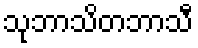
သုဘာသိတဘာသီ